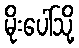
မိုးပေါ်သို့